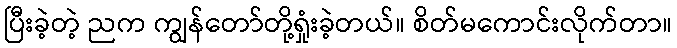
ပြီးခဲ့တဲ့ ညက ကျွန်တော်တို့ရှုံးခဲ့တယ်။ စိတ်မကောင်းလိုက်တာ။